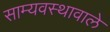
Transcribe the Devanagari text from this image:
साम्यवस्थावाले